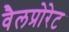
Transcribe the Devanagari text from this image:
वैलप्रोरेट